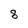
Character: 8